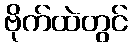
ဗိုက်ထဲတွင်